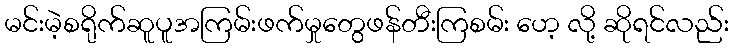
မင်းမဲ့စရိုက်ဆူပူအကြမ်းဖက်မှုတွေဖန်တီးကြစမ်း ဟေ့ လို့ ဆိုရင်လည်း